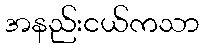
အနည်းငယ်ကသာ